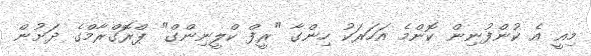
މިއީ އެ ކުންފުނިން ކޮންމެ އަހަރަކު ހިންގާ "ރީފް ކްލީނިންގް" ޕްރޮގްރާމްގެ ދަށުން